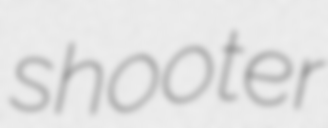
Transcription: shooter